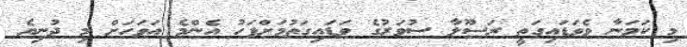
މި ކަމަނާ ވެވަޑައިގަތީ ރަސޫލާ ސުވަރުގެ ވަޑައިގަތުމަށްފަހު އެންމެ އަވަހަށް މި ދުނިޔެ